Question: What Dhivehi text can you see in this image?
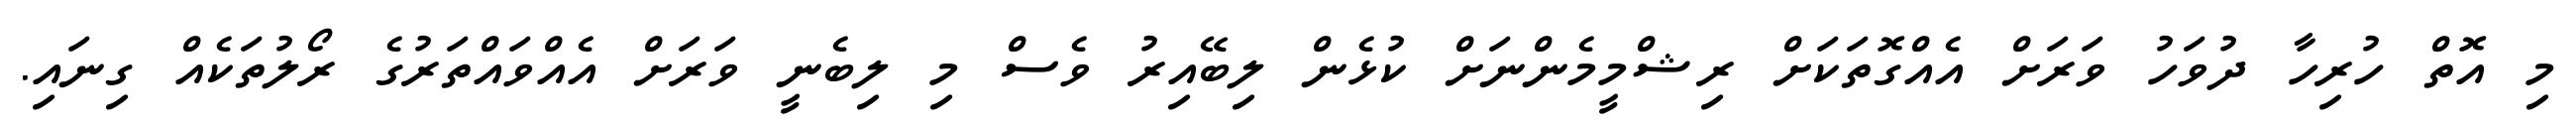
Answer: މި އޮތް ހުރިހާ ދުވަހު ވަރަށް އެއްގޮތަކަށް ރިޝްމީމެންނަށް ކުޅެން ލިބޭއިރު ވެސް މި ލިބެނީ ވަރަށް އެއްވައްތަރުގެ ރޯލުތަކެއް ގިނައި.